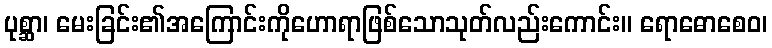
ပုစ္ဆာ၊ မေးခြင်း၏အကြောင်းကိုဟောရာဖြစ်သောသုတ်လည်းကောင်း။ ရောဓောစေဝ၊